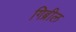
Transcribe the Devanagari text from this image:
गिब्रील